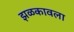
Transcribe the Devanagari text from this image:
झळकावला